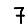
Digit: 7